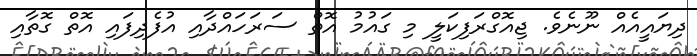
ދިޔައީއެއް ނޫނެވެ. ޖިއޮގްރަފިކަލީ މި ގައުމު އޮތް ސަރަހައްދާއި އުފެދިފައި އޮތް ގޮތާއި